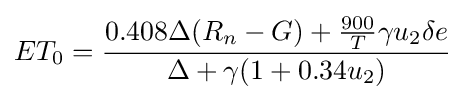
ET_{0}={\frac {0.408\Delta (R_{n}-G)+{\frac {900}{T}}\gamma u_{2}\delta e}{\Delta +\gamma (1+0.34u_{2})}}